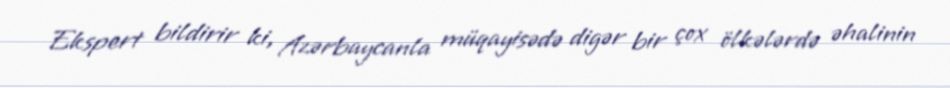
Ekspert bildirir ki, Azərbaycanla müqayisədə digər bir çox ölkələrdə əhalinin